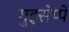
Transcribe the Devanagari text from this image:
गुइसेप्पे